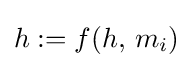
h:=f(h,\,m_{i})